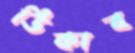
ডিকাব